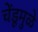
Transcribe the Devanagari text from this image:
चेंडूमुळे